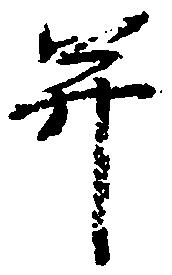
并